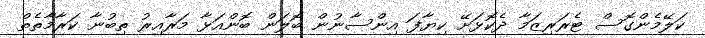
ކަލޭމެންގޮސް ޓެރަރިޒަމާ ދެކޮޅަށޭ ކިޔާފަ އިންސާނުން ބޮލަން ބޮންއަޅާ މަރާއިރު ތިބުނާ ކަރާމާތެތް